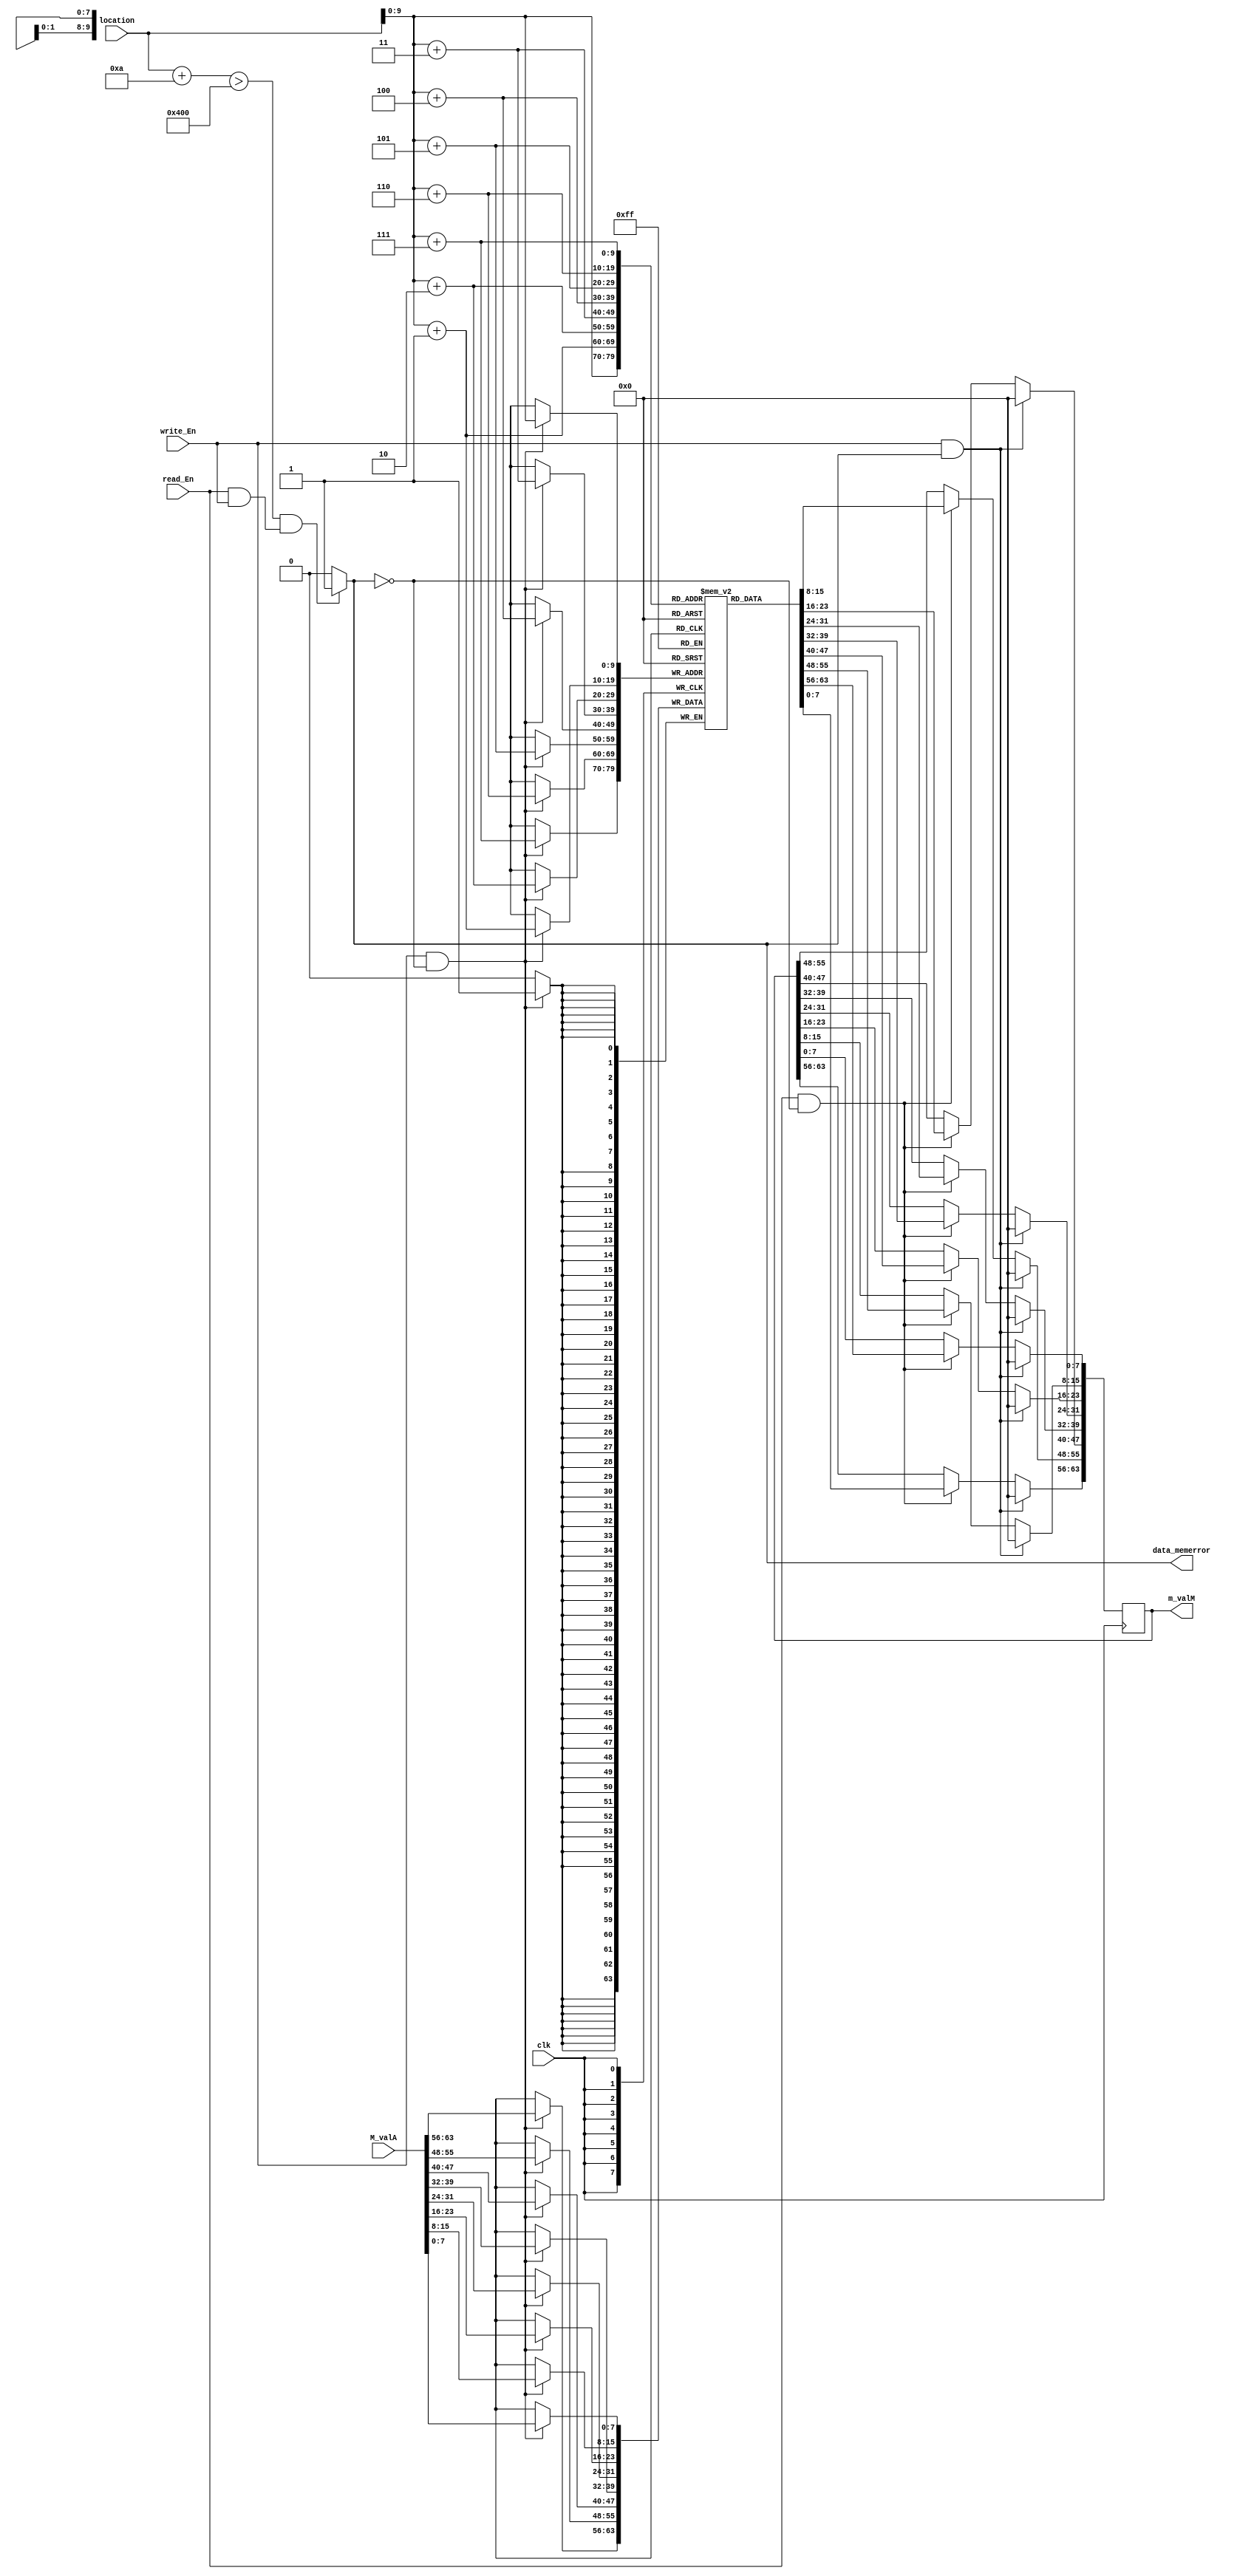
module Data_Memory(clk,location,read_En,write_En,m_valM,M_valA,data_memerror);

input clk;
input [63:0] location;
input read_En,write_En;
input [63:0] M_valA;

output reg [63:0] m_valM;
output data_memerror;

reg [7:0] memory [0:1023];

assign data_memerror = ((location + 10 > 1024) & ((read_En != 0) & (write_En != 0) )) ? 1 : 0;

always @ (negedge clk)
begin

  if((write_En ==1) & (data_memerror ==0)) begin
	memory[location]       <= M_valA[7:0];
	memory[location+1]     <= M_valA[15:8];
	memory[location+2]     <= M_valA[23:16];
	memory[location+3]     <= M_valA[31:24];
	memory[location+4]     <= M_valA[39:32];
	memory[location+5]     <= M_valA[47:40];
	memory[location+6]     <= M_valA[55:48];
	memory[location+7]     <= M_valA[63:56];
  end

  if((read_En ==1) & (data_memerror ==0)) begin
	m_valM[7:0]      <= memory[location];       
	m_valM[15:8]     <= memory[location+1];     
	m_valM[23:16]    <= memory[location+2];    
	m_valM[31:24]    <= memory[location+3];     
	m_valM[39:32]    <= memory[location+4];    
	m_valM[47:40]    <= memory[location+5];     
	m_valM[55:48]    <= memory[location+6];     
	m_valM[63:56]    <= memory[location+7];     
  end

  if((write_En ==1) & (data_memerror ==1)) begin
	m_valM[7:0]      <= 8'd0;       
	m_valM[15:8]     <= 8'd0;     
	m_valM[23:16]    <= 8'd0;    
	m_valM[31:24]    <= 8'd0;     
	m_valM[39:32]    <= 8'd0;    
	m_valM[47:40]    <= 8'd0;     
	m_valM[55:48]    <= 8'd0;     
	m_valM[63:56]    <= 8'd0;   
  end
end


endmodule

module instruction_memory(clk,INST,imemory_error,f_pc);

input clk;
input [63:0] f_pc;
output imemory_error;
output reg [79:0] INST;

reg [7:0] memory[1023:0];

always @ (negedge clk)
begin
  INST[79:72] <= memory[f_pc+9];
  INST[71:64] <= memory[f_pc+8];
  INST[63:56] <= memory[f_pc+7];
  INST[55:48] <= memory[f_pc+6];
  INST[47:40] <= memory[f_pc+5];
  INST[39:32] <= memory[f_pc+4];
  INST[31:24] <= memory[f_pc+3];
  INST[23:16] <= memory[f_pc+2];
  INST[15:8]  <= memory[f_pc+1];
  INST[7:0]   <= memory[f_pc];
end

assign data_memerror = (f_pc + 10 > 1024) ? 1 : 0;

 initial begin
    memory[0] = 8'b00110000;  // A = 5;
    memory[1] = 8'b00000000;  // rax
    memory[2] = 8'b00000000;
    memory[3] = 8'b00000000;
    memory[4] = 8'b00000000;
    memory[5] = 8'b00000000;
    memory[6] = 8'b00000000;
    memory[7] = 8'b00000000;
    memory[8] = 8'b00000000;
    memory[9] = 8'b00000110;

    memory[10] = 8'b00110000;  // B =6;
    memory[11] = 8'b00000011;  // rbx
    memory[12] = 8'b00000000;
    memory[13] = 8'b00000000;
    memory[14] = 8'b00000000;
    memory[15] = 8'b00000000;
    memory[16] = 8'b00000000;
    memory[17] = 8'b00000000;
    memory[18] = 8'b00000000;
    memory[19] = 8'b00000101;

    memory[20] = 8'b00010000;  //nop
    memory[21] = 8'b00010000;  //nop
    memory[22] = 8'b00010000; // nop


    memory[23] = 8'b01100000;  //a and b
    memory[24] = 8'b00000011;
    
    // memory[22] = 8'b00010000;  //nop
    // memory[23] = 8'b00010000;  //nop
    // memory[24] = 8'b00000000; // halt
 end

endmodule